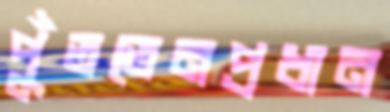
পুঁততেনপ্রধান